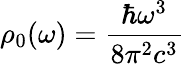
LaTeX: \rho_{0}(\omega)={\frac{\hbar\omega^{3}}{8\pi^{2}c^{3}}}